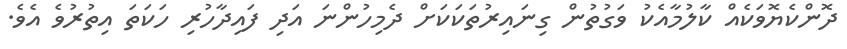
ދޮންކެޔޮވަކެއް ކާލުމާއެކު ވަގުތުން ގިނައިރުތަކަކަށް ދެމިހުންނަ އަދި ފައިދާހުރި ހަކަތަ އިތުރުވެ އެވެ.